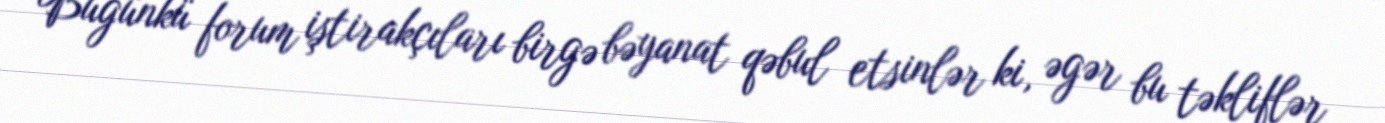
Bugünkü forum iştirakçıları birgə bəyanat qəbul etsinlər ki, əgər bu təkliflər